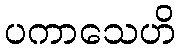
ပကာသေဟိ